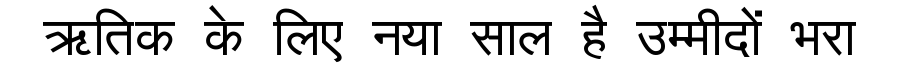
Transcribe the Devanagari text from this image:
ऋतिक के लिए नया साल है उम्मीदों भरा